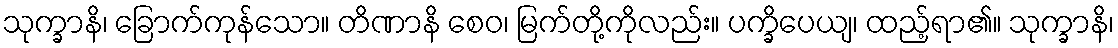
သုက္ခာနိ၊ ခြောက်ကုန်သော။ တိဏာနိ စေဝ၊ မြက်တို့ကိုလည်း။ ပက္ခိပေယျ၊ ထည့်ရာ၏။ သုက္ခာနိ၊